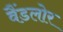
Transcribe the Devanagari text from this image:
वैंडलोर